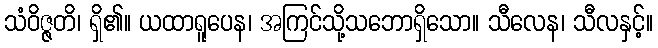
သံဝိဇ္ဇတိ၊ ရှိ၏။ ယထာရူပေန၊ အကြင်သို့သဘောရှိသော။ သီလေန၊ သီလနှင့်။